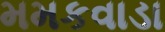
મમકવાડા